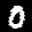
Label: 0